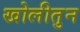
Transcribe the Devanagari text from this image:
खोलीतुन